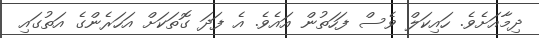
ދިމާއަށެވެ. ހައިކަލް ވެސް ފަހަތުން އައެވެ. އެ ފަދަ ގޮތަކަށް އަހަރެންގެ އަތުގައި